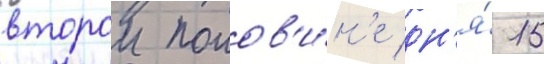
второи полов'и́н'е дн'я́ 15